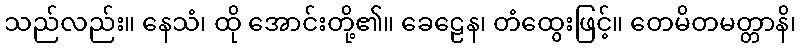
သည်လည်း။ နေသံ၊ ထို အောင်းတို့၏။ ခေဠေန၊ တံထွေးဖြင့်။ တေမိတမတ္တာနိ၊